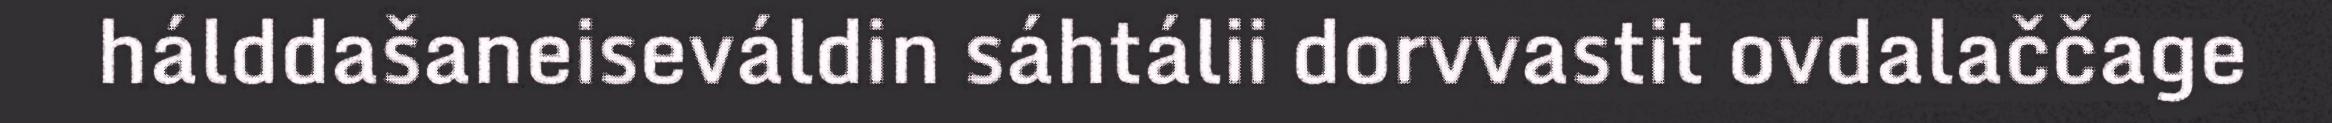
hálddašaneiseváldin sáhtálii dorvvastit ovdalaččage